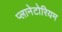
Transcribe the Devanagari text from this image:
प्लानेटोरियम